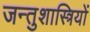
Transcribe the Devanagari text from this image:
जन्तुशास्त्रियों